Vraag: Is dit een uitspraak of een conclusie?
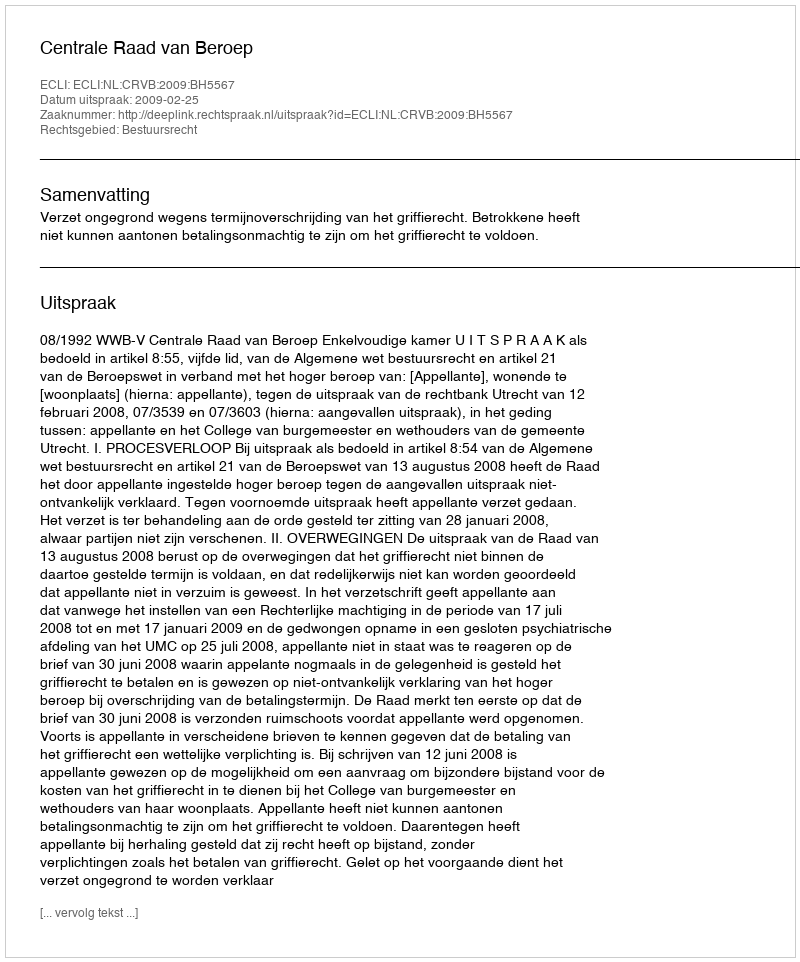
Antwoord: Uitspraak